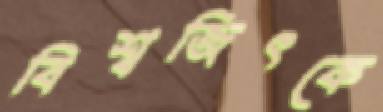
বিশ্বজিৎকে